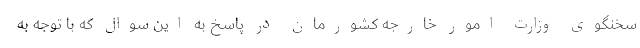
سخنگوی وزارت امور خارجه کشورمان در پاسخ به این سوال که با توجه به